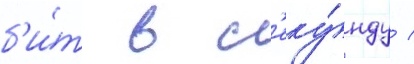
б'и́т в с'еку́нду /